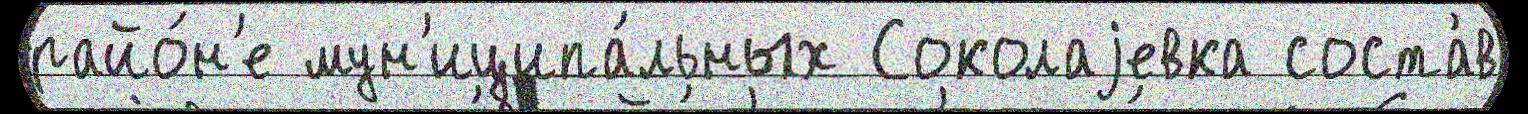
райо́н'е мун'иципа́льных Соколаjевка соста́в